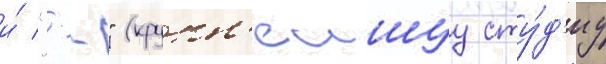
и́ "--" (крупн'еишуу сту́д'иу